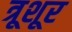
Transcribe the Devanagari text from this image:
त्रूशूर